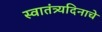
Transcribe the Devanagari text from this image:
स्वातंत्र्यदिनाचे